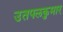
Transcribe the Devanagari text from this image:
उतपलकुमार